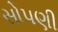
સોપણી